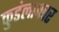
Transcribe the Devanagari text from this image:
कुडंलाकार